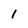
Character: I